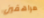
مراهقين